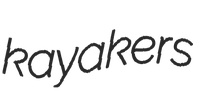
kayakers